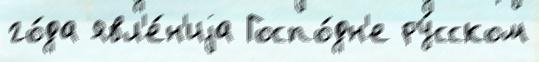
го́да явл'е́н'иjа Госпо́дн'е ру́сском